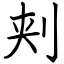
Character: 刾